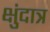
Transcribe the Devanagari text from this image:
क्षुंदात्र